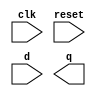
// Create 8 D flip-flops with active high synchronous reset. All DFFs should be triggered by the positive edge of clk.

module top_module (
    input clk,
    input reset,            // Synchronous reset
    input [7:0] d,
    output [7:0] q
);

	//Insert your code here

endmodule